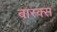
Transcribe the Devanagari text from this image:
बास्क्स